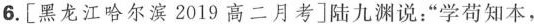
6.[黑龙江哈尔滨2019高二月考]陆九渊说：”学荀知本，